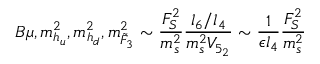
B \mu , m _ { h _ { u } } ^ { 2 } , m _ { h _ { d } } ^ { 2 } , m _ { \tilde { F } _ { 3 } } ^ { 2 } \sim \frac { F _ { S } ^ { 2 } } { m _ { s } ^ { 2 } } \frac { l _ { 6 } / l _ { 4 } } { m _ { s } ^ { 2 } V _ { 5 _ { 2 } } } \sim \frac { 1 } { \epsilon l _ { 4 } } \frac { F _ { S } ^ { 2 } } { m _ { s } ^ { 2 } }